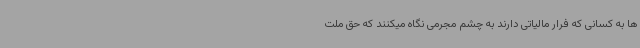
ها به کسانی که فرار مالیاتی دارند به چشم مجرمی نگاه میکنند که حق ملت